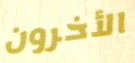
الأخرون